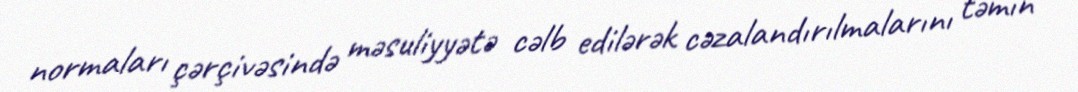
normaları çərçivəsində məsuliyyətə cəlb edilərək cəzalandırılmalarını təmin